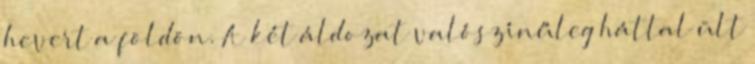
hevert a földön. A két áldozat valószínűleg háttal ült